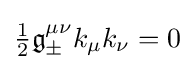
{\tfrac {1}{2}}{\mathfrak {g}}_{\pm }^{\mu \nu }k_{\mu }k_{\nu }=0